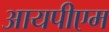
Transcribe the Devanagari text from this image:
आयपीएम